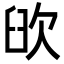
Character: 𦥞